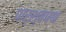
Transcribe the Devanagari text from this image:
पार्श्‍वपथ